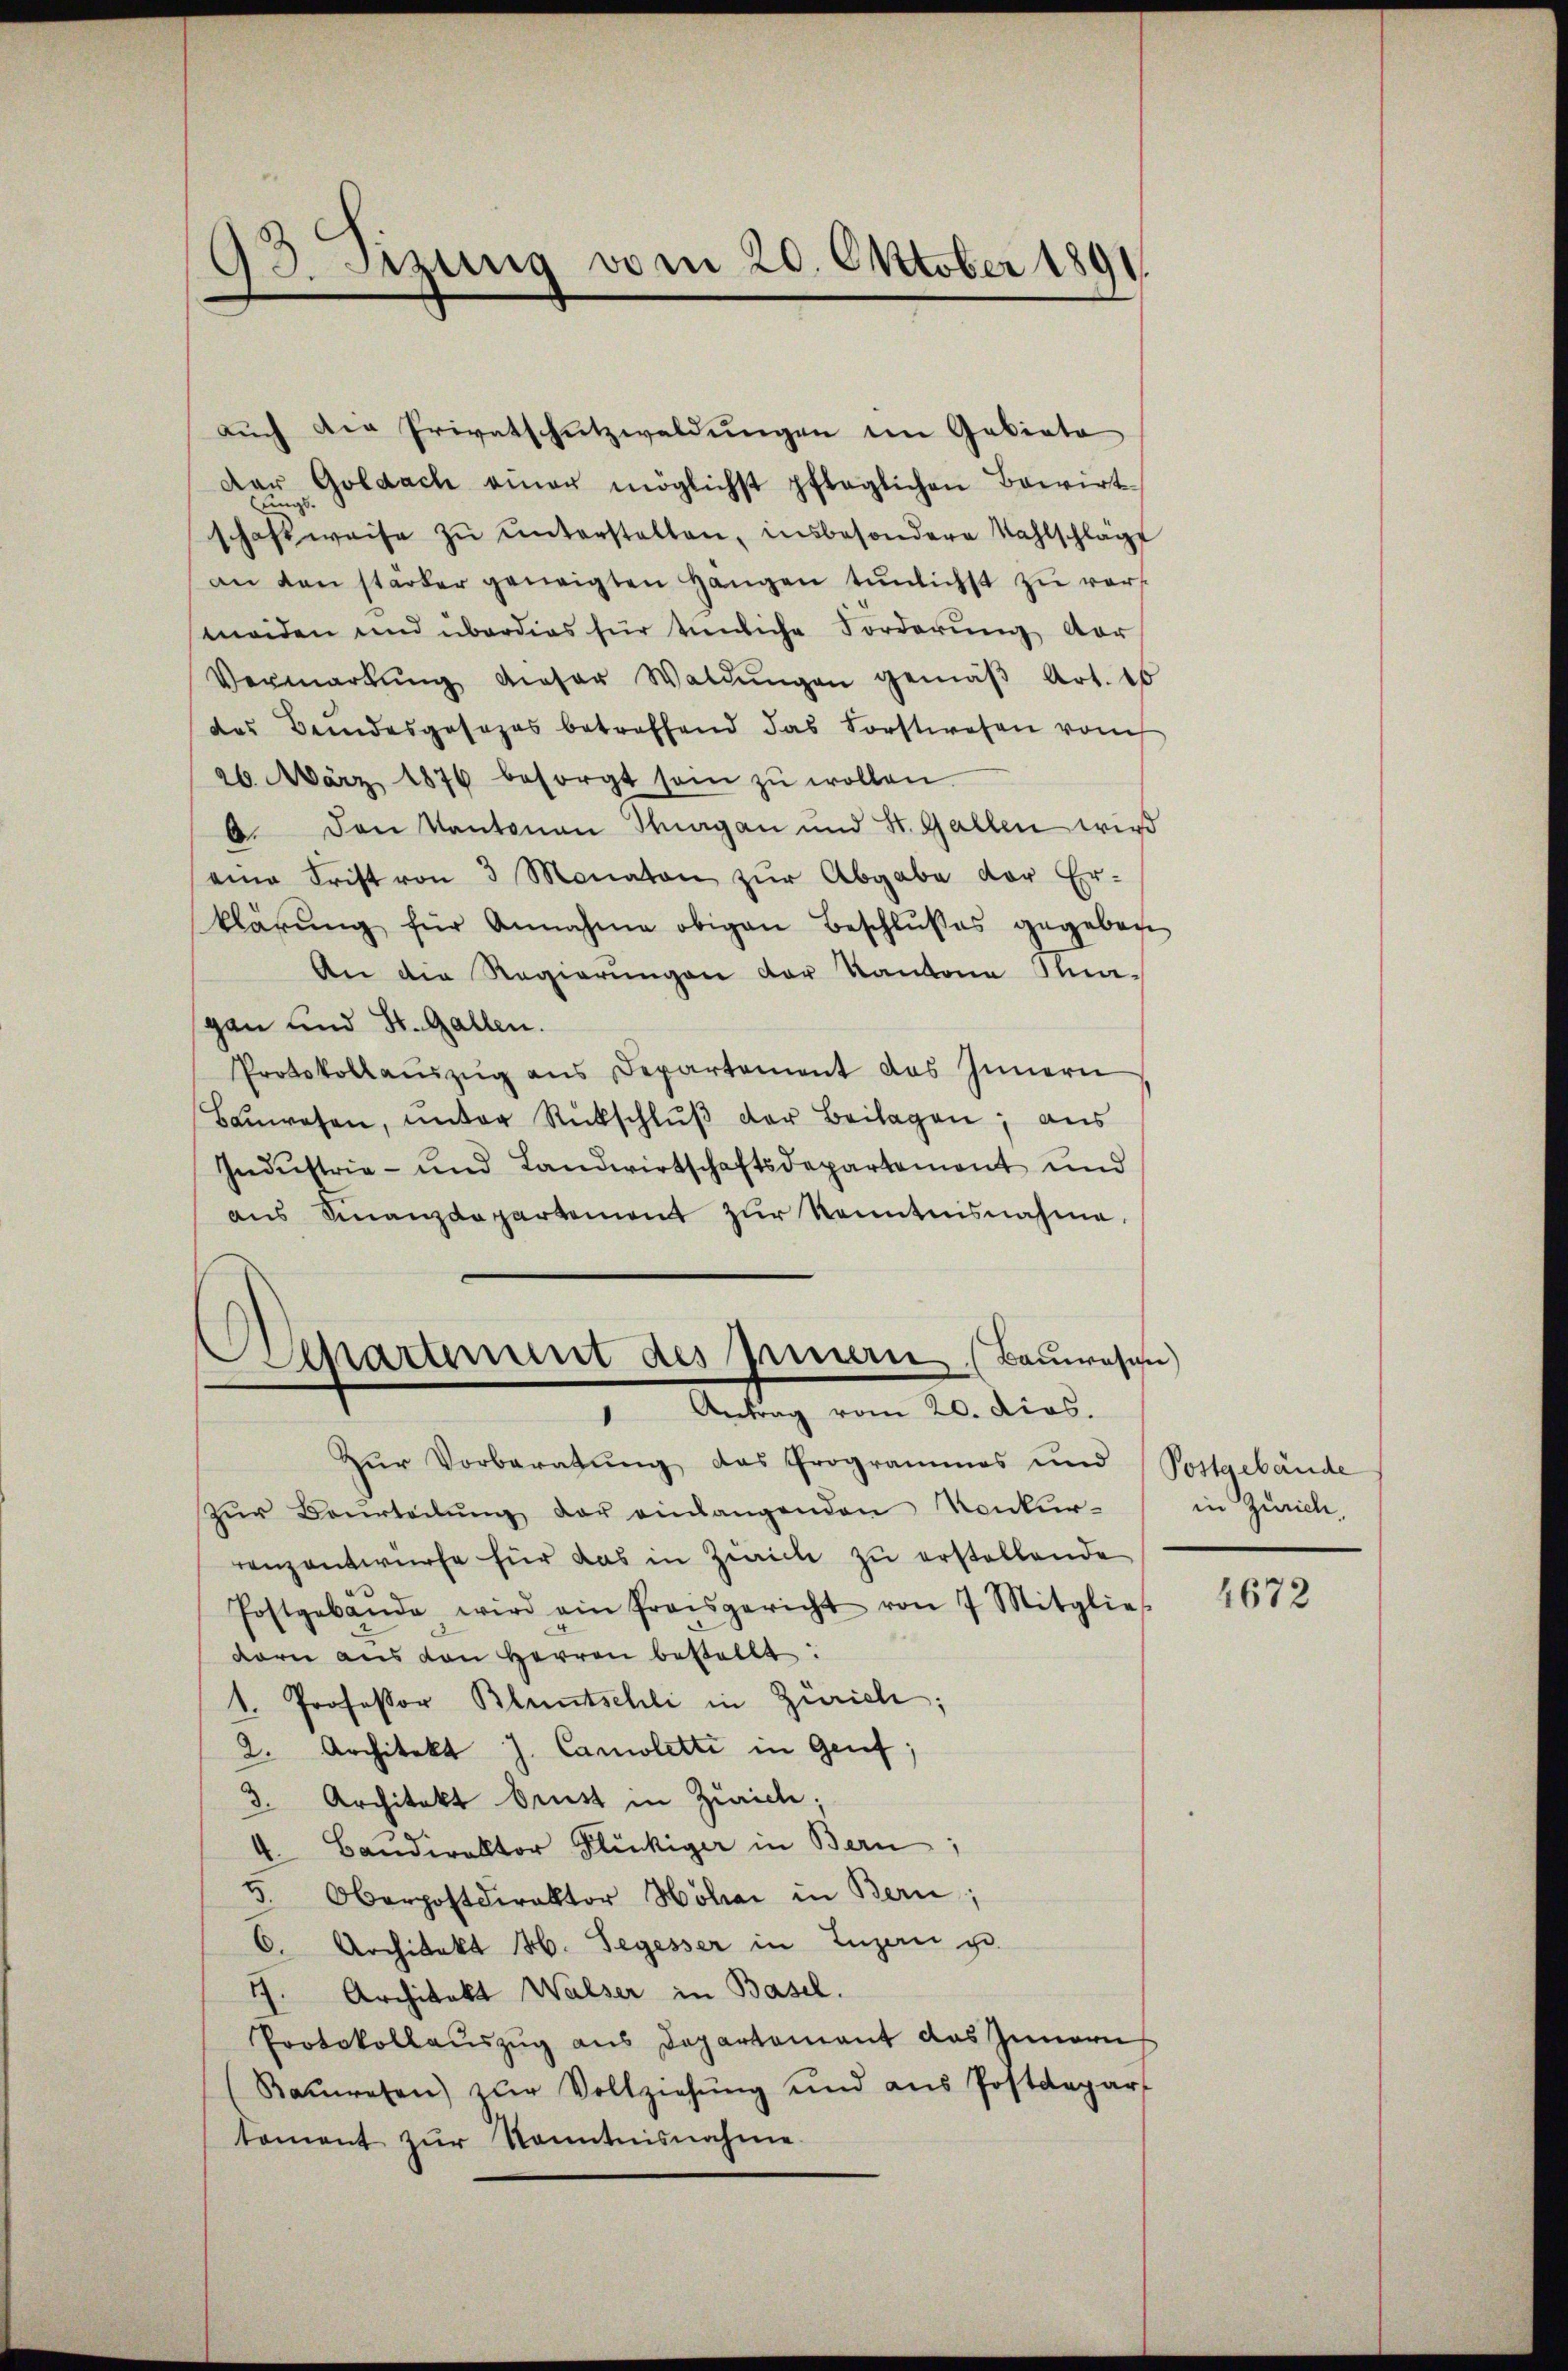
93. Setzung vom 20. Oktober 1891

auch die Privatschutzwaldungen im Gebiete
Dar Goldach einer möglichst pfleglichen Bewirt-
schaft weise zŭ ŭnterstellen, insbesondere Wahlschläge
an den stärker geweigten Hangen tünlichst zu vers
meiden und überdies für teiliche Forderung vor
Vermarkŭng dieser Waldŭngen gemäβ Art. 10
des Bundesgesezes betreffend das Forstwesen von
26. März 1876 besorgt sein zŭ wollen.
6. Den Kantonen Thurgau und St. Gallen wird
eine Frist von 3 Monaten zŭr Abgabe der Er-
klärŭng für Annahme obigen Beschlŭβes gegeben
An die Regierungen der Kantone In-
gan und St. Gallen.
Protokollauszug aus Departement das Innern
Baŭwesen, unter Rückschlŭβ der Beilagen; aus
Industrie- und Landwirtschaftsdepartement und
ans Finanzdepartement zŭr Kenntnisnahme.
parunt des Innern (Bauwesen)
Antrag vom 20. dias.
Zur Vorberatung das Programmes und Postgebäude
zŭr Beurteilŭng der einlangenden Konkur- in Zürich,
renzentwurfe für das in Zürich zu erstellende
Postgebäŭde wird ein Preisgericht von 7 Mitglies
dorn aus den Herren bestellt:
1. Professor Bluntschli in Zürich;
2. Architekt J. Caroletti in Genf;
3. Architekt Drust in Zürich:
4. Baŭdirektor Flückiger in Bern
5. Oberpostdirektor Hohai in Bern;
C. Architekt H. Segesser in Luzern u.
17. Architekt Walser in Basel.
Protokollaŭszŭg ans Departement das Zunarus
Baŭwesen) zur Vollziehŭng und ans Postdepart
tament zŭr Kenntnisnahme

4672